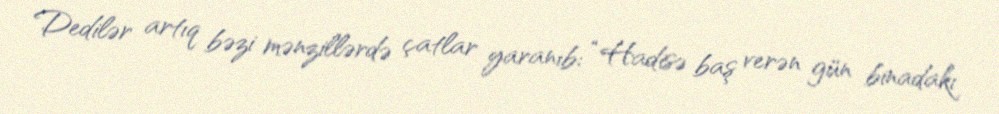
Dedilər artıq bəzi mənzillərdə çatlar yaranıb: “Hadisə baş verən gün binadakı